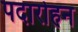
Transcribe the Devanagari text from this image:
पदारोहन